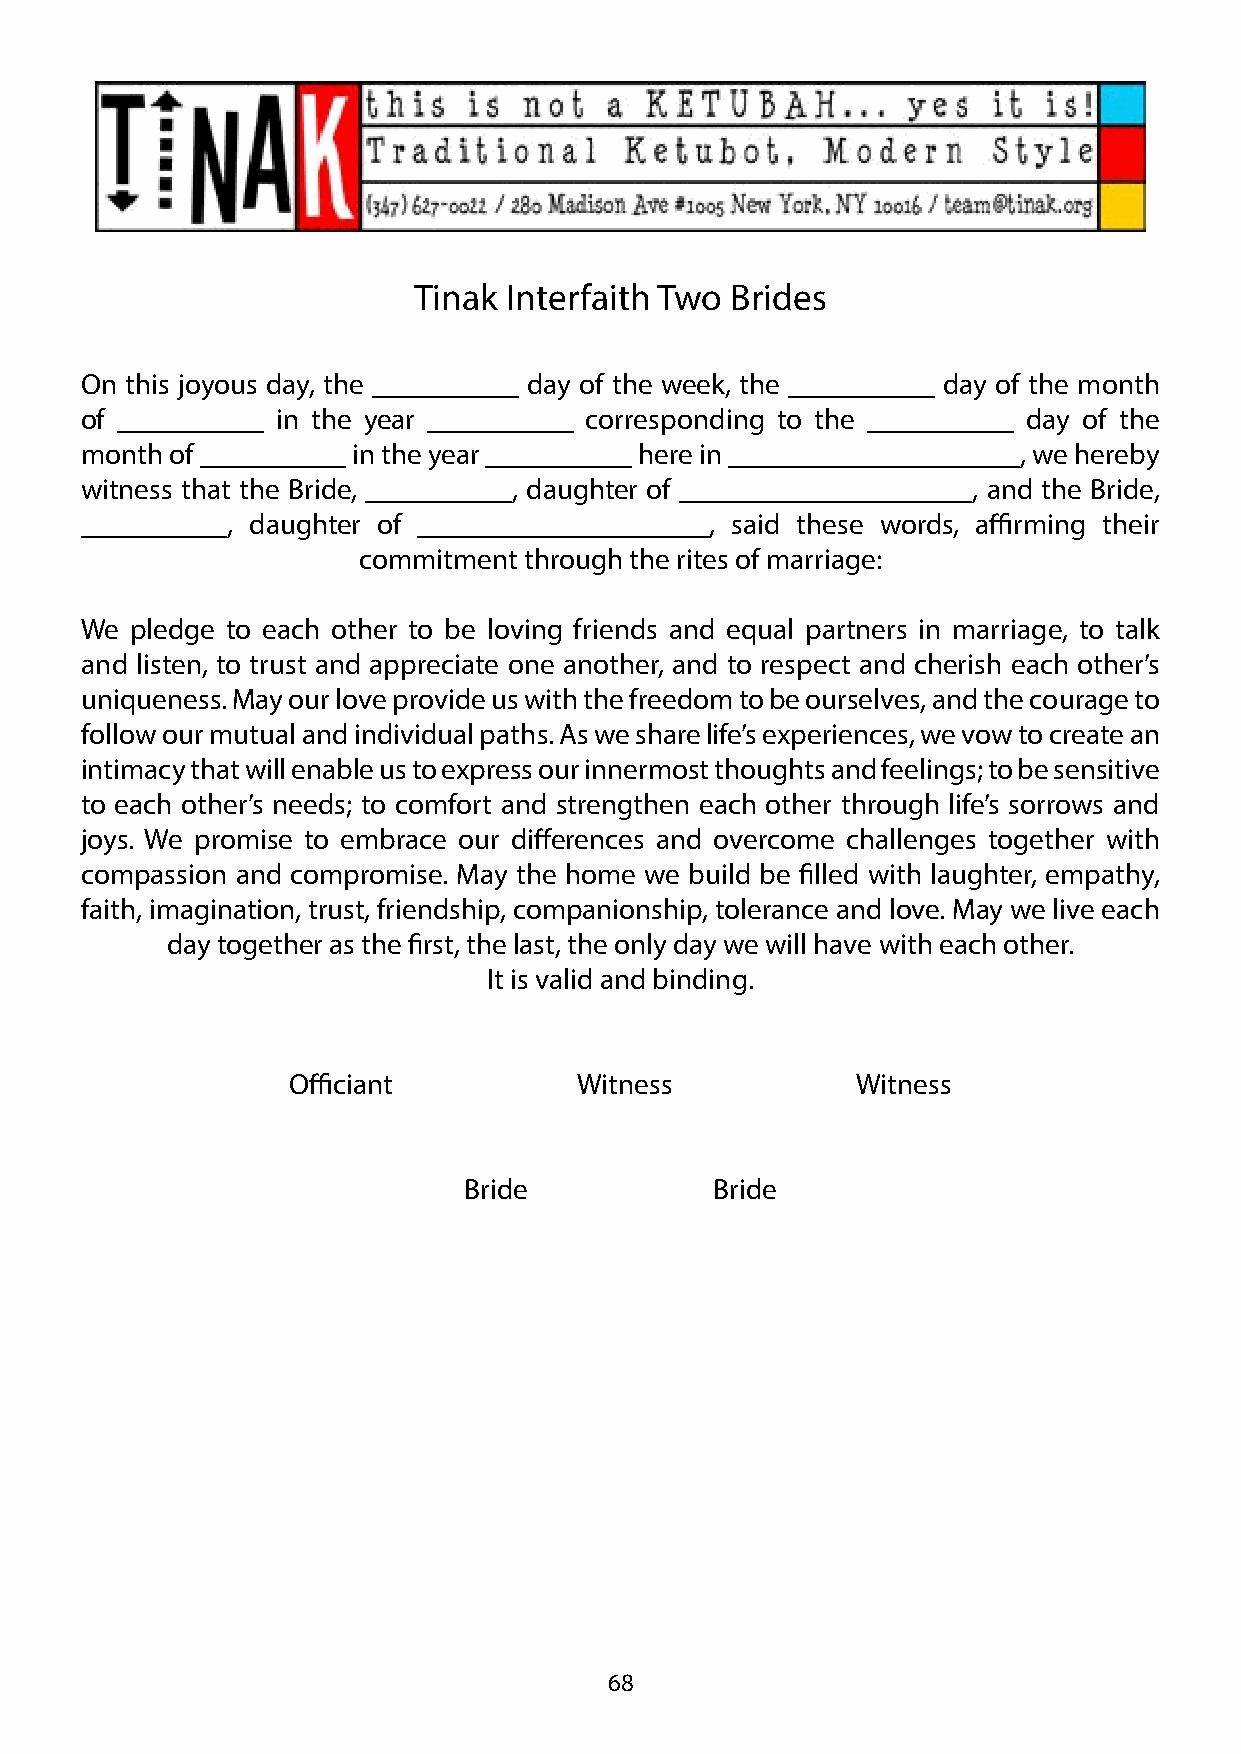
Tinak Interfaith Two Brides
 On this joyous day, the __________ day of the week, the __________ day of the month
 of __________ in the year __________ corresponding to the __________ day of the
 month of __________ in the year __________ here in ____________________, we hereby
 witness that the Bride, __________, daughter of ____________________, and the Bride,
 __________, daughter of ____________________, said these words, affirming their
 commitment through the rites of marriage:
 We  pledge to each other to be loving friends and equal partners in marriage, to talk
 and listen, to trust and appreciate one another, and to respect and cherish each other’s
 uniqueness. May our love provide us with the freedom to be ourselves, and the courage to
 follow our mutual and individual paths. As we share life’s experiences, we vow to create an
 intimacy that will enable us to express our innermost thoughts and feelings; to be sensitive
 to each other’s needs; to comfort and strengthen each other through life’s sorrows and
 joys. We promise to embrace our differences and overcome challenges together with
 compassion and compromise. May the home we build be filled with laughter, empathy,
 faith, imagination, trust, friendship, companionship, tolerance and love. May we live each
 day together as the first, the last, the only day we will have with each other.
 It is valid and binding.
 Officiant          Witness            Witness
 Bride           Bride
 68